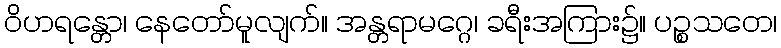
ဝိဟရန္တော၊ နေတော်မူလျက်။ အန္တရာမဂ္ဂေ၊ ခရီးအကြား၌။ ပဉ္စသတေ၊